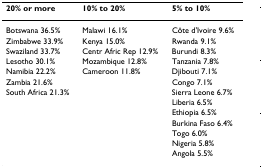
<table><thead><tr><td><b>20% or more</b></td><td><b>10% to 20%</b></td><td><b>5% to 10%</b></td></tr></thead><tbody><tr><td>Botswana 36.5%</td><td>Malawi 16.1%</td><td>Côte d&#x27;Ivoire 9.6%</td></tr><tr><td>Zimbabwe 33.9%</td><td>Kenya 15.0%</td><td>Rwanda 9.1%</td></tr><tr><td>Swaziland 33.7%</td><td>Centr Afric Rep 12.9%</td><td>Burundi 8.3%</td></tr><tr><td>Lesotho 30.1%</td><td>Mozambique 12.8%</td><td>Tanzania 7.8%</td></tr><tr><td>Namibia 22.2%</td><td>Cameroon 11.8%</td><td>Djibouti 7.1%</td></tr><tr><td>Zambia 21.6%</td><td></td><td>Congo 7.1%</td></tr><tr><td>South Africa 21.3%</td><td></td><td>Sierra Leone 6.7%</td></tr><tr><td></td><td></td><td>Liberia 6.5%</td></tr><tr><td></td><td></td><td>Ethiopia 6.5%</td></tr><tr><td></td><td></td><td>Burkina Faso 6.4%</td></tr><tr><td></td><td></td><td>Togo 6.0%</td></tr><tr><td></td><td></td><td>Nigeria 5.8%</td></tr><tr><td></td><td></td><td>Angola 5.5%</td></tr></tbody></table>